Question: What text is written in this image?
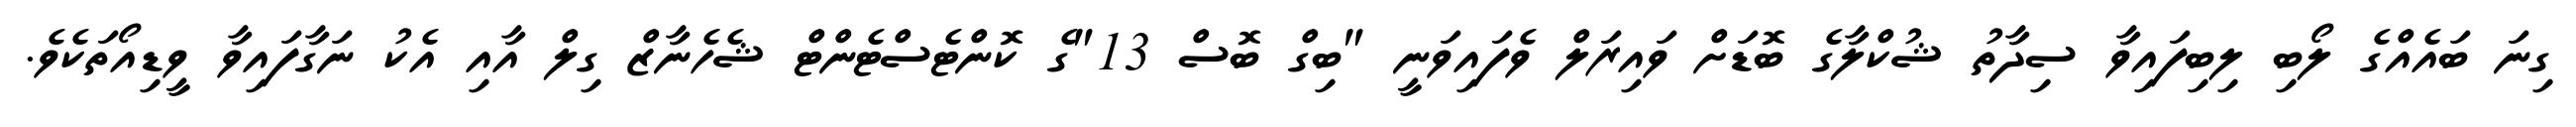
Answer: ގިނަ ބައެއްގެ ލޯބި ލިބިފައިވާ ސިދާތު ޝުކްލާގެ ބޮޑަށް ވައިރަލް ވެފައިވަނީ "ބިގް ބޮސް 13"ގެ ކޮންޓެސްޓެންޓް ޝެހެނާޒް ގިލް އާއި އެކު ނަގާފައިވާ ވީޑިއޯތަކެވެ.